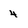
Character: 4